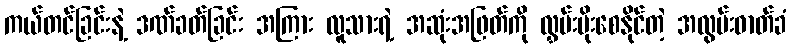
ကယ်တင်ခြင်းနဲ့ ဒဏ်ခတ်ခြင်း အကြား လူသားရဲ့ အဆုံးအဖြတ်ကို လွှမ်းမိုးစေနိုင်တဲ့ အလွမ်းဓာတ်ခံ